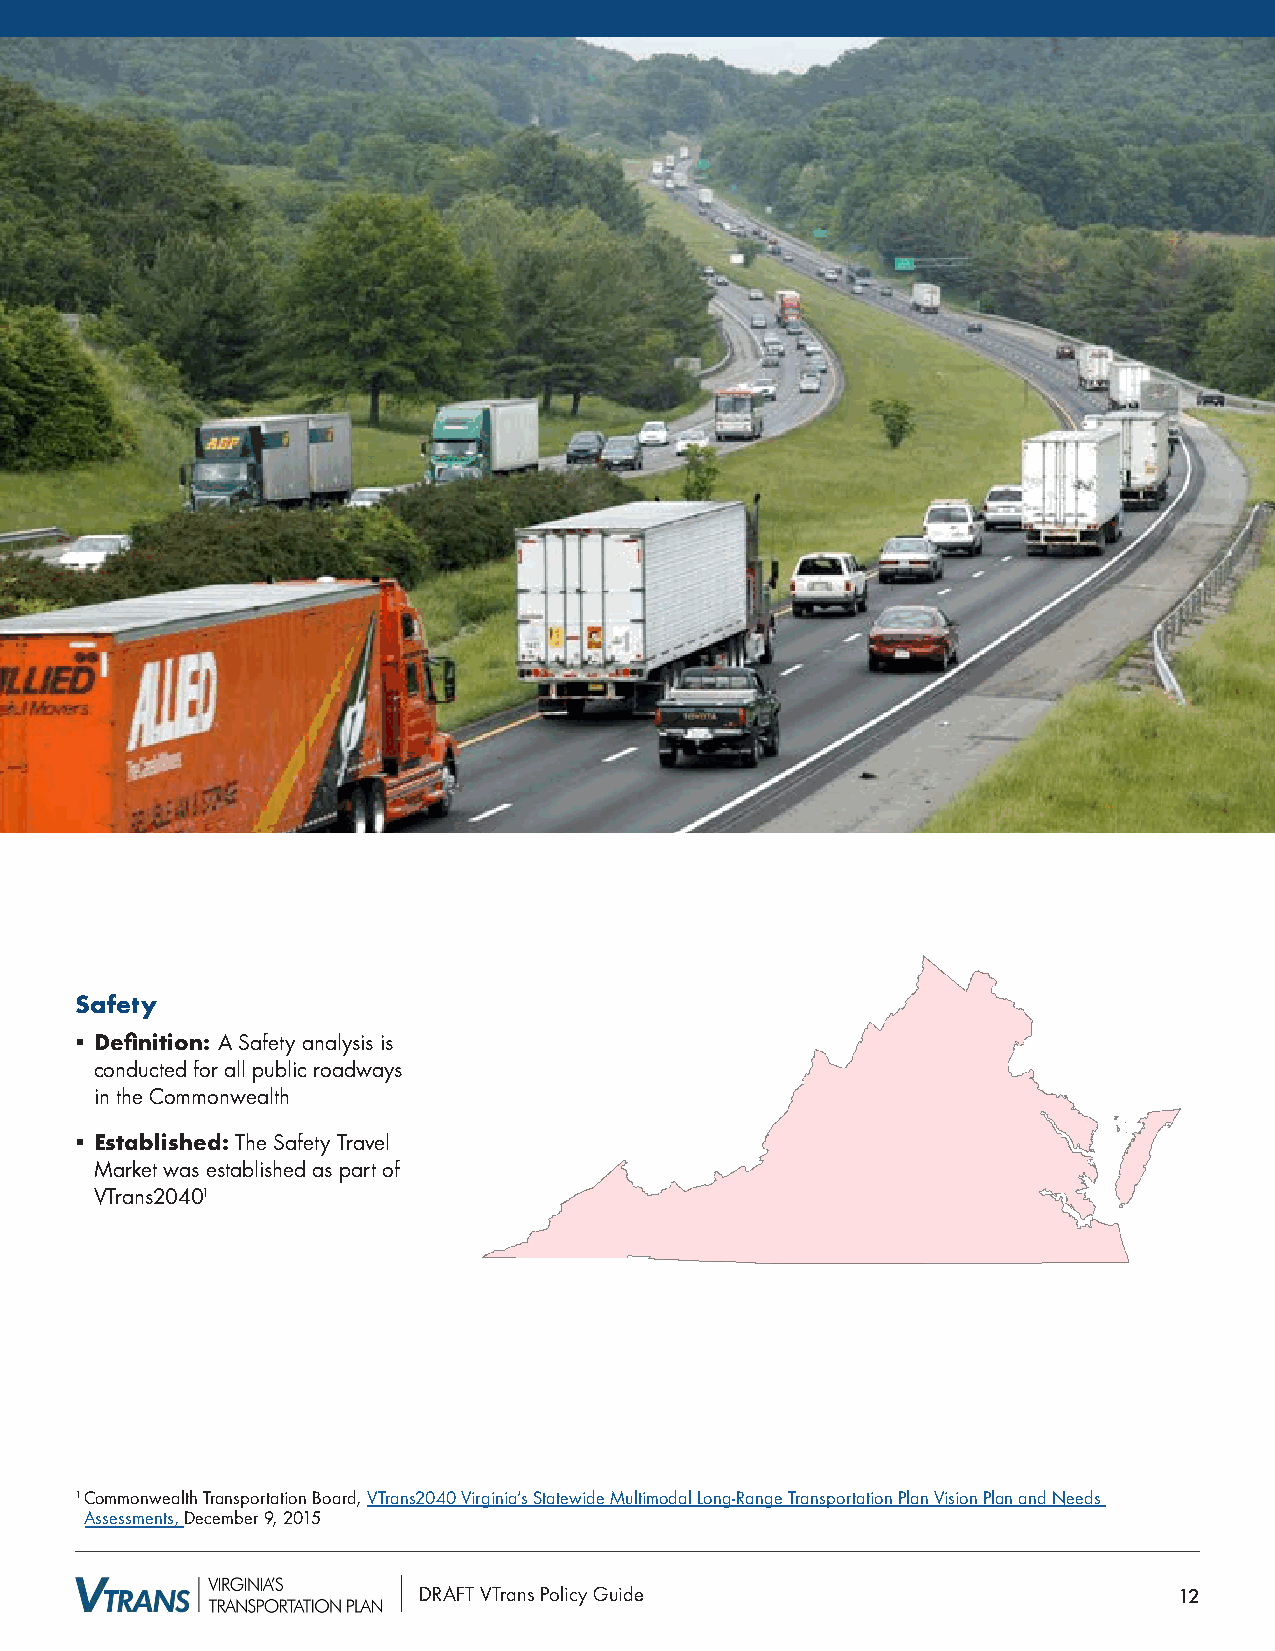
Safety
 § Definition: A Safety analysis is
 conducted for all public roadways
 in the Commonwealth
 § Established: The Safety Travel
 Market was established as part of
 VTrans20401
 1 Commonwealth Transportation Board, VTrans2040 Virginia’s Statewide Multimodal Long-Range Transportation Plan Vision Plan and Needs
 Assessments, December 9, 2015
 DRAFT VTrans Policy Guide                         12